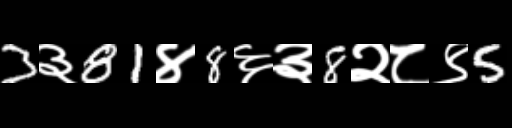
Text: 3३81४8६३8२८९5